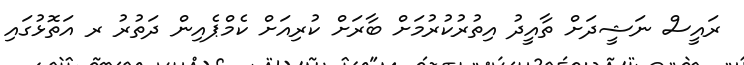
ރައީސް ނަޝީދަށް ތާއީދު އިތުރުކުރުމަށް ބާރަށް ކުރިއަށް ކެމްޕެއިން ދަތުރު ރ އަތޮޅުގައި